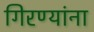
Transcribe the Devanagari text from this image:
गिरण्यांना